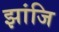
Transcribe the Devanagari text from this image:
झांजि